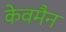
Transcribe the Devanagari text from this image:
केवमैन